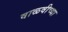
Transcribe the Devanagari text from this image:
वाळवीच्या